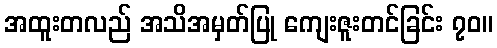
အထူးတလည် အသိအမှတ်ပြု ကျေးဇူးတင်ခြင်း ၇၀။